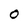
Character: 0